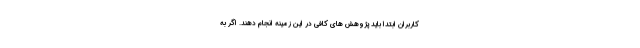
کاربران ابتدا باید پژوهش های کافی در این زمینه انجام دهند. اگر به